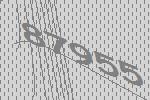
87955